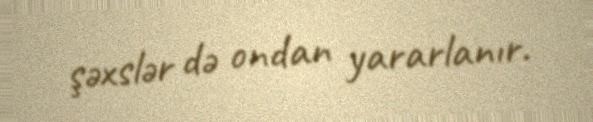
şəxslər də ondan yararlanır.